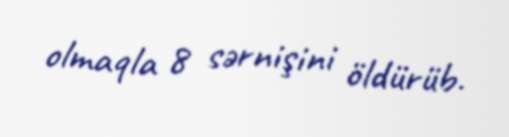
olmaqla 8 sərnişini öldürüb.